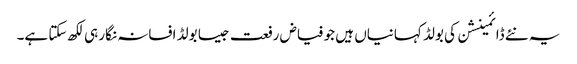
یہ نئے ڈائمینشن کی بولڈ کہانیاں ہیں جو فیاض رفعت جیسا بولڈ افسانہ نگار ہی لکھ سکتا ہے۔